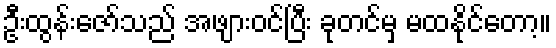
ဦးထွန်းဇော်သည် အဖျားဝင်ပြီး ခုတင်မှ မထနိုင်တော့။